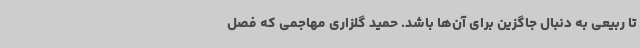
تا ربیعی به دنبال جاگزین برای آن‌ها باشد. حمید گلزاری مهاجمی که فصل